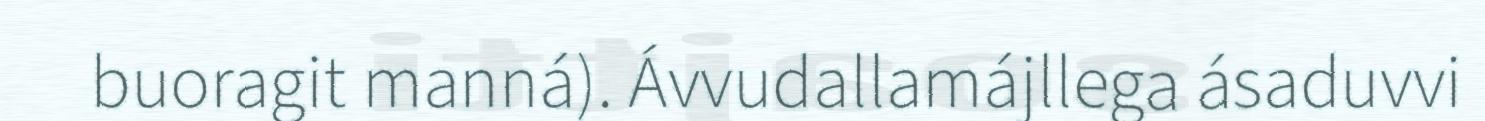
buoragit manná). Ávvudallamájllega ásaduvvi